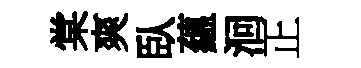
棠爽臥蘊洄正